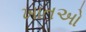
ખાતઓ